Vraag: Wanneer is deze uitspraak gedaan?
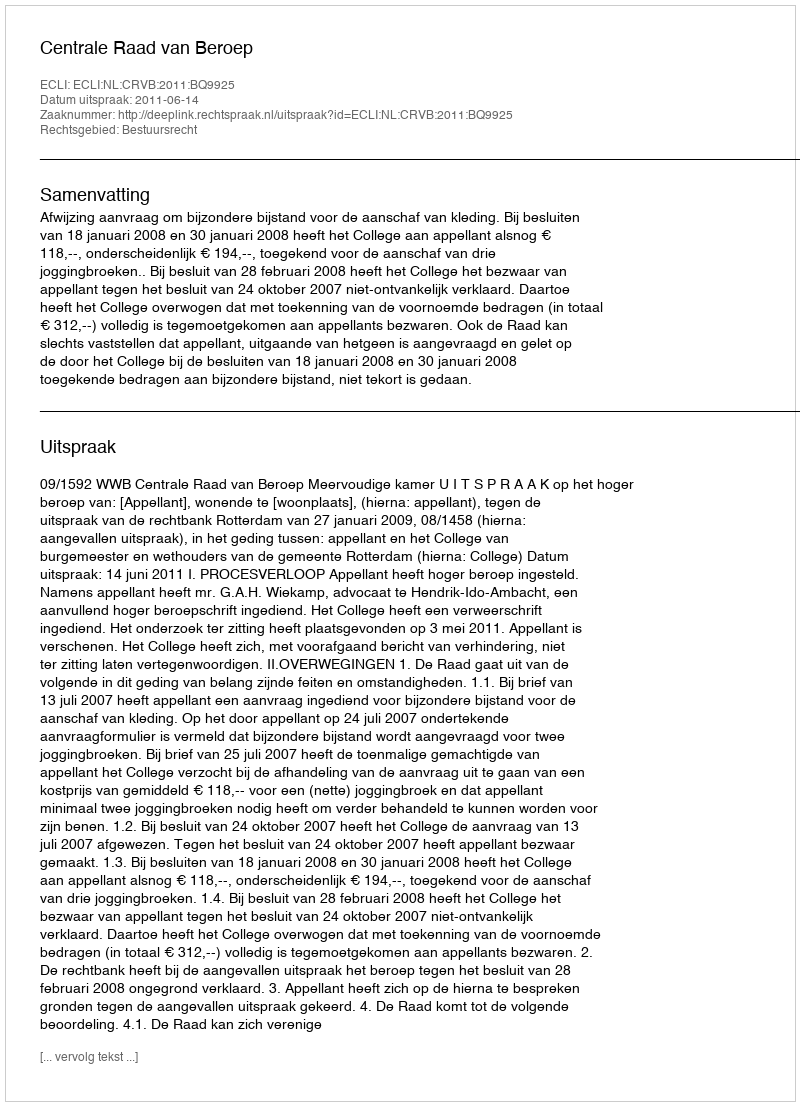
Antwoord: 2011-06-14